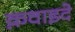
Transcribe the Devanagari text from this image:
क़वाइदे